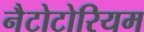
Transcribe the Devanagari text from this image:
नैटोटोरियम